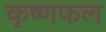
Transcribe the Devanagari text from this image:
कृष्णफल